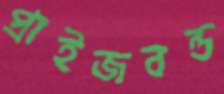
প্রাইজবন্ড